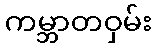
ကမ္ဘာတဝှမ်း